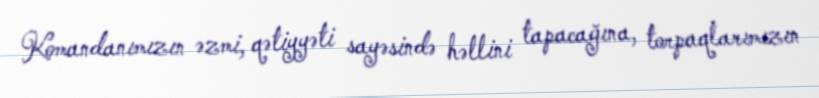
Komandanımızın əzmi, qətiyyəti sayəsində həllini tapacağına, torpaqlarımızın